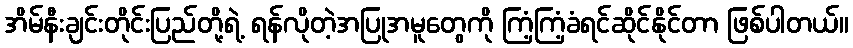
အိမ်နီးချင်းတိုင်းပြည်တို့ရဲ့ ရန်လိုတဲ့အပြုအမူတွေကို ကြံ့ကြံ့ခံရင်ဆိုင်နိုင်တာ ဖြစ်ပါတယ်။